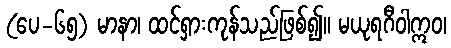
(ပေ-၆၅) မာနာ၊ ထင်ရှားကုန်သည်ဖြစ်၍။ မယုရဂီဝါဣဝ၊